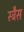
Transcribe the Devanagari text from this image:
स्ट्रैस